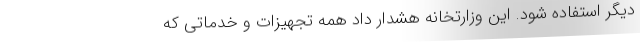
دیگر استفاده شود. این وزارتخانه هشدار داد همه تجهیزات و خدماتی که